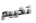
تخييم